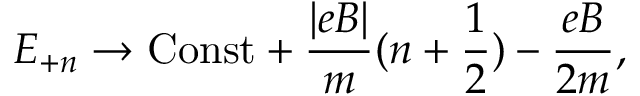
E _ { + n } \rightarrow { \mathrm { C o n s t } } + \frac { | e B | } { m } ( n + { \frac { 1 } { 2 } } ) - \frac { e B } { 2 m } ,